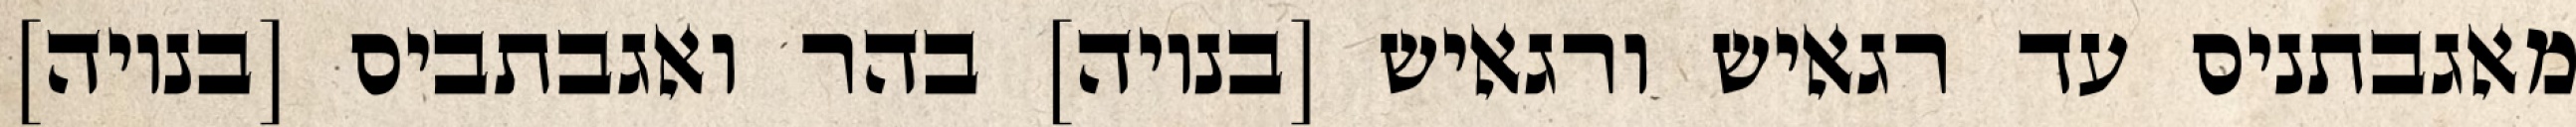
מאגבתניס עד רגאיש ורגאיש [בנויה] בהר ואגבתביס [בנויה]